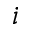
i